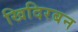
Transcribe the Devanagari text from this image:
खिदिरबन